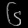
Digit: ၆